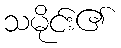
သမိုင်း၏